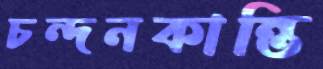
চন্দনকান্তি